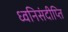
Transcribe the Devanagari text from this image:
ध्वनिसंदीप्ति